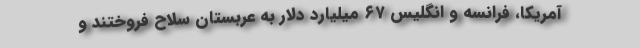
آمریکا، فرانسه و انگلیس ۶۷ میلیارد دلار به عربستان سلاح فروختند و